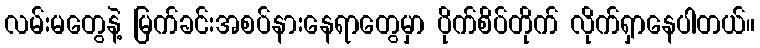
လမ်းမတွေနဲ့ မြက်ခင်းအစပ်နားနေရာတွေမှာ ပိုက်စိပ်တိုက် လိုက်ရှာနေပါတယ်။